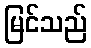
မြင်သည်